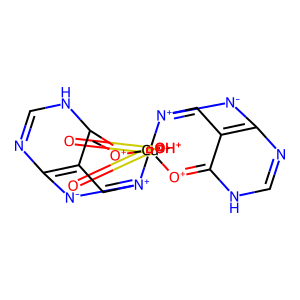
SMILES: O=S1(=O)[OH+][Cu+2]23([O+]=C4NC=Nc5[n-][n+]2cc54)([O+]=C2NC=Nc4[n-][n+]3cc42)[OH+]1
Inhibits HIV replication: No